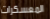
المعسكرات